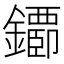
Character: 䥮